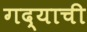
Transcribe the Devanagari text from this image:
गद्याची